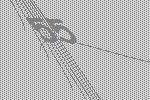
55